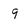
Character: 9